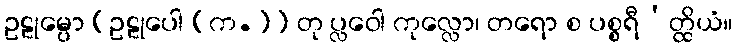
ဥဠုမ္ပော [ဥဠုပေါ (က.)] တု ပ္လဝေါ ကုလ္လော၊ တရော စ ပစ္စရီ’တ္ထိယံ။